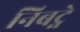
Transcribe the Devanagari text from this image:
निबट्ने